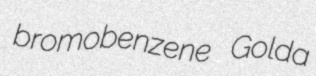
bromobenzene Golda